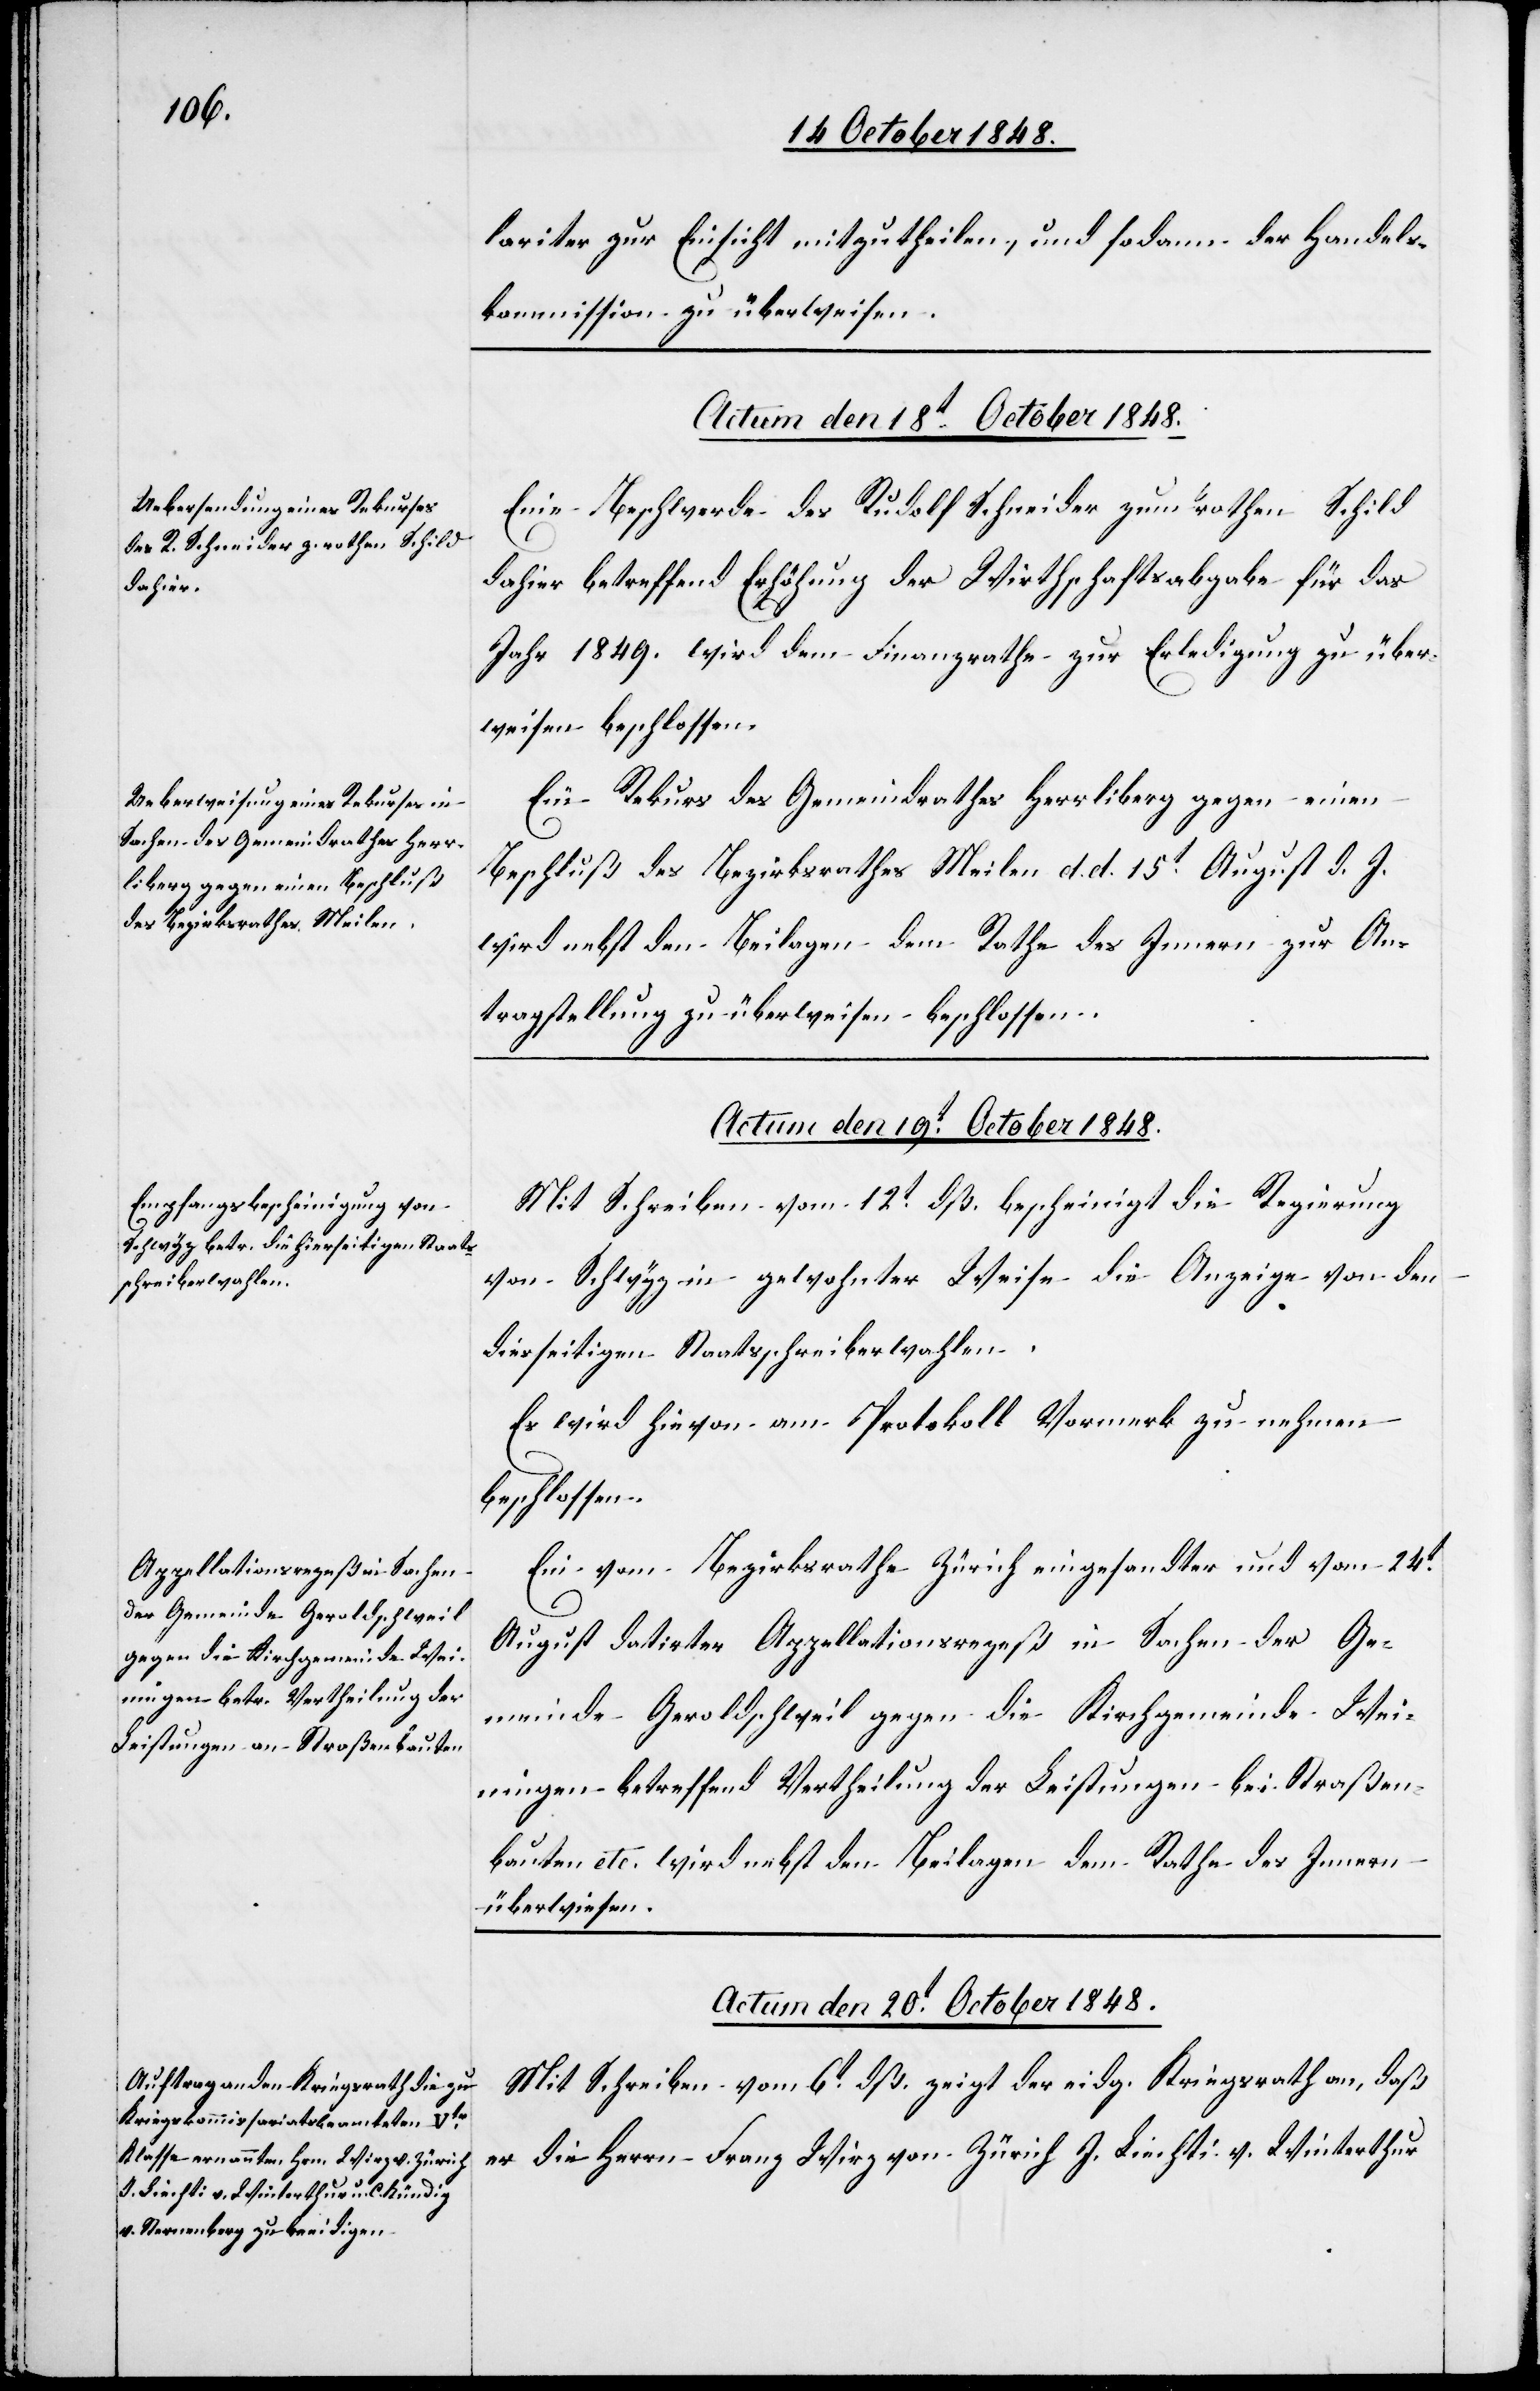
lariter zur Einsicht mitzutheilen, und sodann der Handels¬
kommission zu überweisen.
Actum den 19t October 1848.]
Eine Beschwerde des Rudolf Schneider zum rothen Schild
dahier betreffend Erhöhung der Wirthschaftsabgabe für das
Jahr 1849. wird dem Finanzrathe zur Erledigung zu über¬
weisen beschlossen.
Ein Rekurs des Gemeindrathes Herrliberg gegen einen
Beschluß des Bezirksrathes Meilen d. d. 15t August d. J.
wird nebst den Beilagen dem Rathe des Innern zur An¬
tragstellung zu überweisen beschlossen.
Actum den 19t October 1848.
Mit Schreiben vom 12t dß. bescheinigt die Regierung
von Schwyz in gewohnter Weise die Anzeige von den
diesseitigen Staatsschreiberwahlen.
Es wird hievon am Protokoll Vormerk zu nehmen
beschlossen.
Ein vom Bezirksrathe Zürich eingesandter und vom 24t
August datirter Appellationsrezeß in Sachen der Ge¬
meinde Geroldschweil gegen die Kirchgemeinde Wei¬
ningen betreffend Vertheilung der Leistungen bei Straßen¬
bauten etc. wird nebst den Beilagen dem Rathe des Innern
überwiesen.
Actum den 20t October 1848.
Mit Schreiben vom 6t dß. zeigt der eidg. Kriegsrath an, daß
er die Herrn Franz Wirz von Zürich J. Liechti v. Winterthur